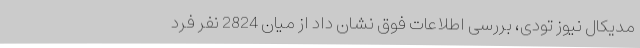
مدیکال نیوز تودی، بررسی اطلاعات فوق نشان داد از میان 2824 نفر فرد